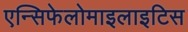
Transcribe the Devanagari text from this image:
एन्सिफेलोमाइलाइटिस